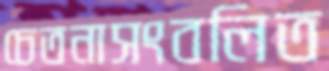
চেতনাসংবলিত